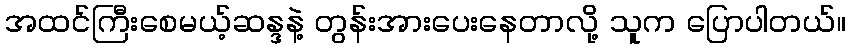
အထင်ကြီးစေမယ့်ဆန္ဒနဲ့ တွန်းအားပေးနေတာလို့ သူက ပြောပါတယ်။